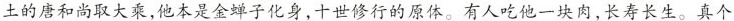
土的唐和尚取大乘，他本是金蝉子化身，十世修行的原体。有人吃他一块肉，长寿长生。真个